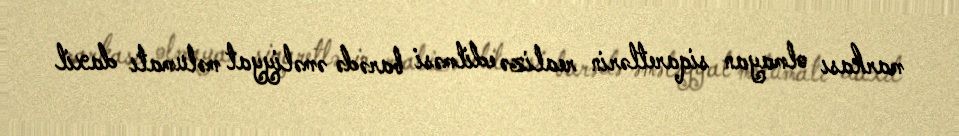
markası olmayan siqaretlərin realizə edilməsi barədə əməliyyat məlumatı daxil